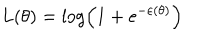
LaTeX: L ( \theta ) = \log \left( 1 + \mathrm { e } ^ { - \varepsilon \left( \theta \right) } \right)